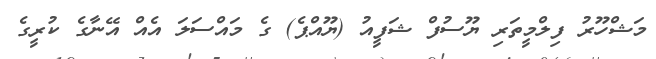
މަޝްހޫރު ފިލްމީތަރި ޔޫސުފް ޝަފީއު (ޔޫއްޕެ) ގެ މައްސަލަ އެއް އޭނާގެ ކުރީގެ